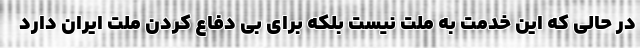
در حالی که این خدمت به ملت نیست بلکه برای بی دفاع کردن ملت ایران دارد